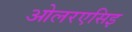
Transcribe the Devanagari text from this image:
ओलरएसिइ